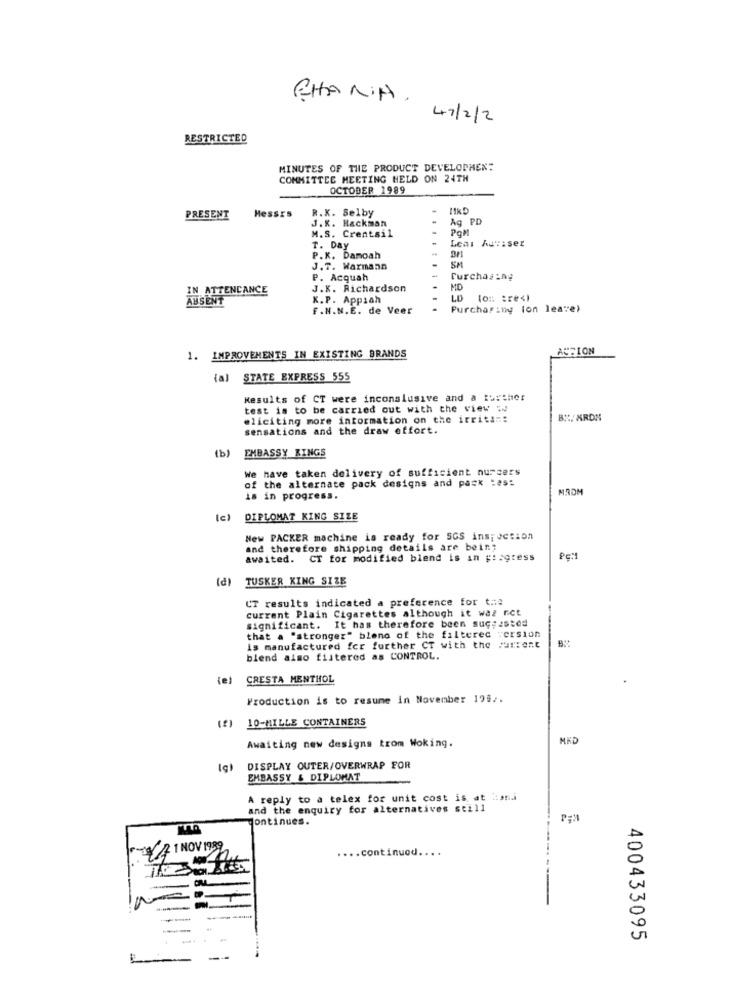
CHANIA, 47/2/2
RESTRICTED
MINUTES OF THE PRODUCT DEVELOPHEN:
COMMITTEE MEETING HELD ON 24TH
OCTOBER 1989
Hessrs
R.X. Selby
MkD
PRESENT
Ag PD
J.K. Hackman
POM
M.S. Crentsil
Lear Astiser
T. Day
P.K. Damoah
J.T. Warmann
SM
P. Acquah
Purchasing
IN ATTENDANCE
J.K. Richardson
MD
ABSENT
X.P. Appiah
LD (on :re<l
F.N.N.E. de Veer
Purchas:ny lon leave)
AUFION
1. IMPROVEMENTS IN EXISTING BRANDS
(al STATE EXPRESS 555
Results of CT were inconslusive and a further
test is to be carried out with the view w
eliciting more information on the irrita =:
sensations and the draw effort.
(b)
EMBASSY KINGS
We have taken delivery of sufficient nursers
of the alternate pack designs and pack :es:
MROM
is in progress.
DIPLOMAT KING SIZE
New PACKER machine is ready for SGS inspection
and therefore shipping details are bein;
awaited. CT for modified blend is in progress
(P)
TUSKER KING SIZE
CT results indicated a preference for t :::
current Plain Cigarettes although it was not
significant. It has therefore been suç;asted
that a "stronger" bleno of the filterec version
is manufactured fcr further CT with the current
blend also filtered as CONTROL.
(e)
CRESTA MENTHOL
Production is to resume in November 1992.
10-MILLE CONTAINERS
Awaiting new designs trom Woking.
DISPLAY OUTER/OVERWRAP FOR
EMBASSY & DIPLOMAT
A reply to a telex for unit cost is at tana
and the enquiry for alternatives still
Continues.
271 NOV 1989
... continued ....
400433095